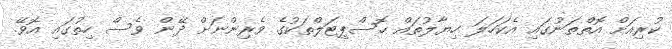
ކުރިއަށް އޮތްތަނުގައި އެކަހަލަ ހިޔާލުތައް ހޮސްޕިޓަލްތަކުގެ ވެރިންނަށް ދޭން ވެސް ހިތުގައި އޮވޭ.